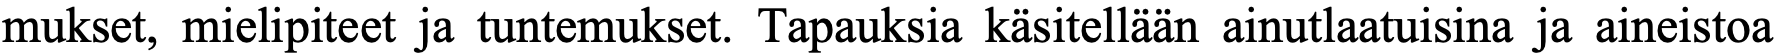
mukset, mielipiteet ja tuntemukset. Tapauksia käsitellään ainutlaatuisina ja aineistoa